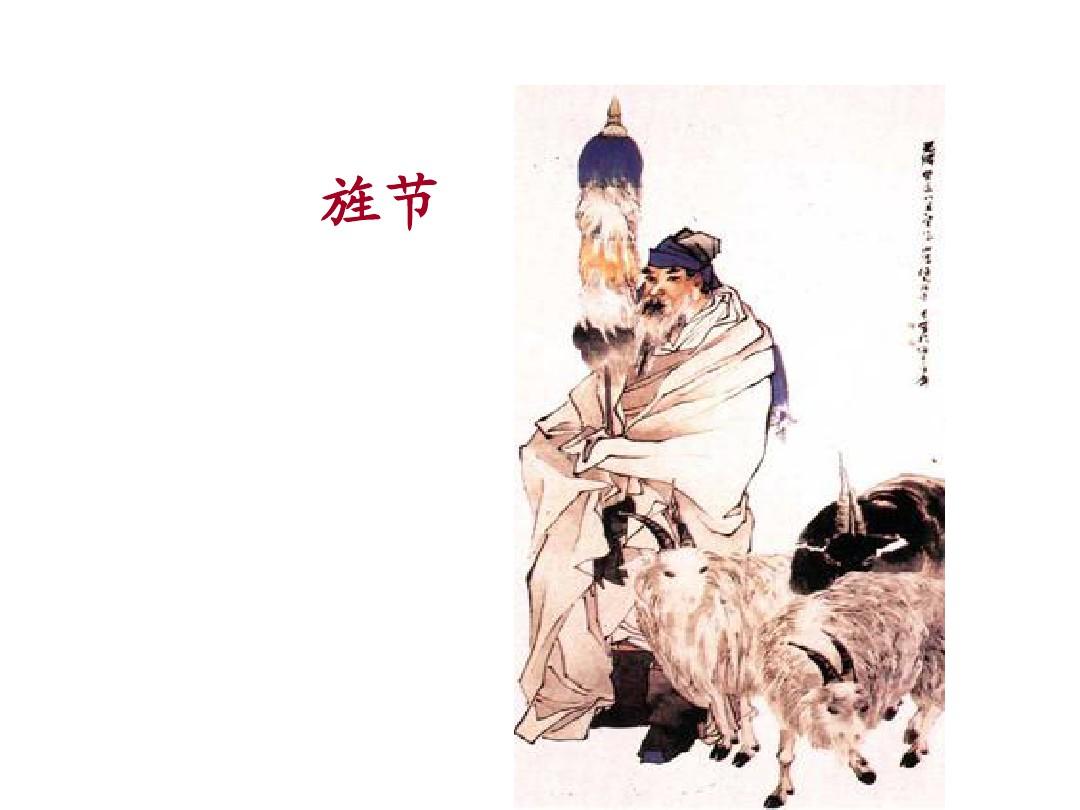
况故人新拥，汉坛旌节。